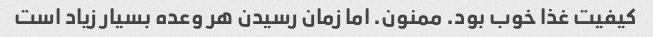
کیفیت غذا خوب بود. ممنون. اما زمان رسیدن هر وعده بسیار زیاد است